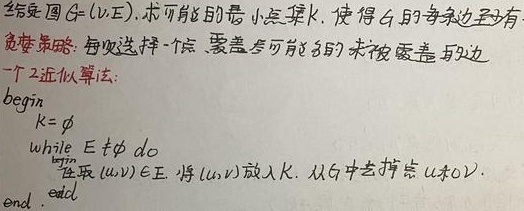
给定图 $G=(V,E)$，求可能的最小点集 $K$，使得 $G$ 的每条边至少有一个端点在 $K$ 中。每次选择一个点，要覆盖尽可能多的未被覆盖的边。一个 2 - 近似算法：
\begin{verbatim}
begin
    K = ∅
    while E ≠ ∅ do
        选取 (u,v) ∈ E, 将 (u,v) 放入 K, 从 G 中去掉点 u 和 v.
    end
end
\end{verbatim}